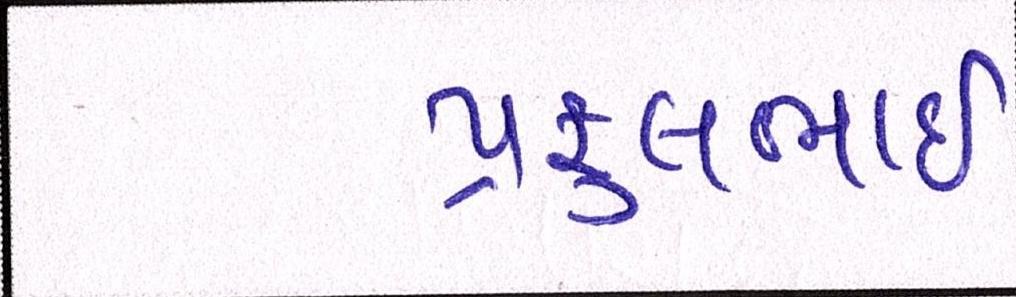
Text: પ્રફુલભાઈ